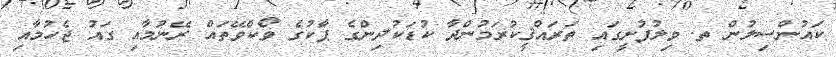
ކައުންސިލުން ތ. ވިލުފުށީގައި ތަރައްޤީކުރަމުންދާ ކުޑަކުދިންގެ ޕާކުގެ ވޯކްވޭތައް ރޭނުމާއި ގައު ޖެހުމާއި